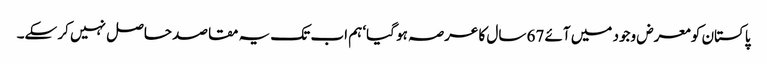
پاکستان کو معرض وجود میں آئے 67 سال کا عرصہ ہو گیا‘ ہم اب تک یہ مقاصد حاصل نہیں کر سکے۔